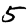
Digit: 5